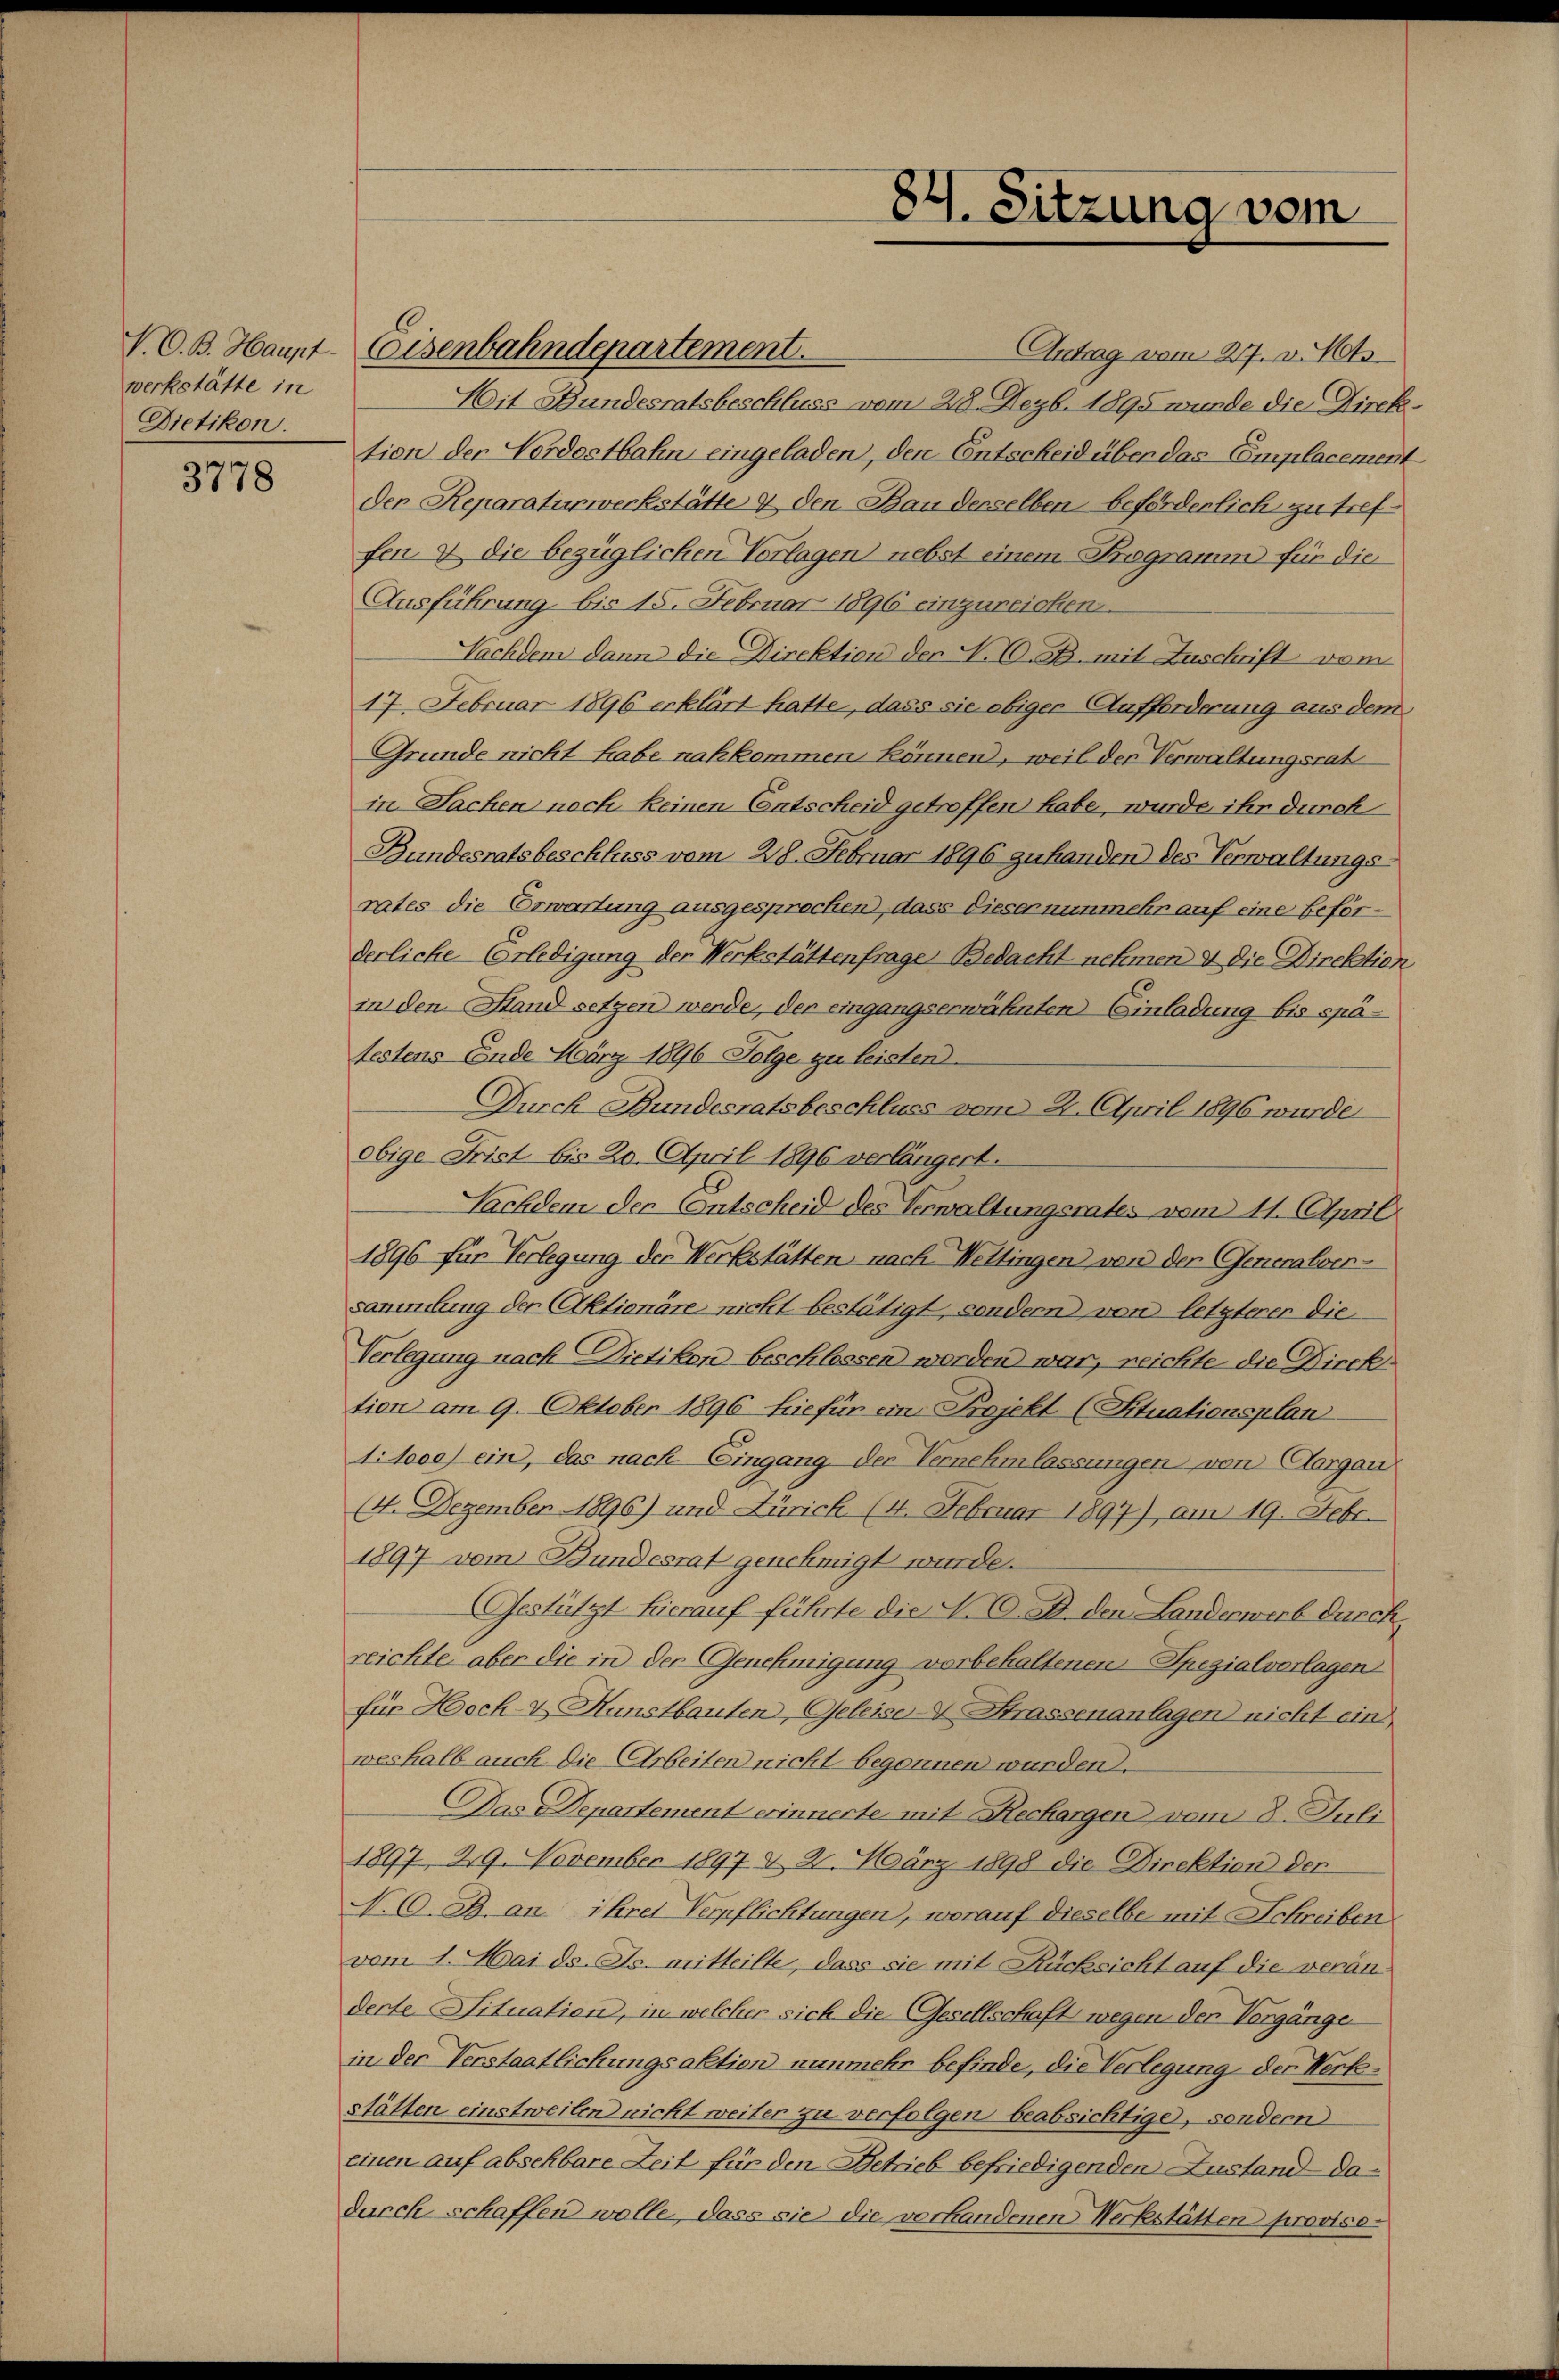
werkstätte in
Dietikon.

3778

Antrag vom 27. v. Mts.
Mit Bundesratsbeschluss vom 28. Dezb. 1895 wurde die Direktion der Nordostbahn eingeladen, den Entscheid über das Complacement
den Reparaturwerkstätte & den Bau derselben beförderlich zu treffen & die bezüglichen Vorlagen nebst einem Programm für die
Ausführung bis 15. Februar 1896 einzureichen.
Nachdem dann die Direktion der N. V. B. mit Zuschrift vom
17. Februar 1896 erklärt hatte, dass sie obiger Aufforderung aus dem
Gründe nicht habe nachkommen können, weil der Verwaltungsrat
in Sachen noch keinen Entscheid getroffen habe, wurde ihr durch
Bundesratsbeschluss vom 28. Februar 1896 zuhanden des Verwaltungsrates die Erwartung ausgesprechen, dass Dieser nunmehr auf eine beförderliche Erledigung der Werkstättenfrage Bedacht nehmen & die Direktion
in den Stand setzen werde, der eingangserwähnten Einladung bis späfestens Ende März 1896 Folge zu leisten
Durch Bundesratsbeschluss vom 2. April 1896 wurde
obige Frist bis 20. April 1896 verlängert.
Sachdem der Entscheid des Verwaltungsrates vom 11. April
1896 für Verlegung der Werkstätten nach Wettingen von der Generalversammlung der Aktionäre nicht bestätigt, sondern von letzterer die
Verlegung nach Dietikon beschlossen worden war, reichte die Direktion am 9. Oktober 1896 hiefür ein Projekt (Situationsplan
t. tooe) ein, das nach Eingang der Vernehmlassungen von Aargau
14. Dezember 1896) und Zürich (4. Februar 1897) am 19. Febr.
1897 vom Bundesrat genehmigt wurde.
Gestützt hierauf führte die N. O. B. den Landerwerb durch
reichte aber die in der Genehmigung vorbehaltenen Spezialverlagen
für Hoch- & Kunstbauten, Geleiser-V Strassenanlagen nicht ein
weshalb auch die Arbeiten nicht begonnen wurden.
Das Departement erinnerte mit Rechargen vom 8. Juli
1897, 29. November 1897 d 2. März 1898 die Direktion der
N. O. B. an ihres Verpflichtungen, worauf dieselbe mit Schreiben
vom 1. Mai d. Js. mitteilte, dass sie mit Rücksicht auf die veränderte Situation, in welcher sich die Gesellschaft wegen der Vorgänge
in der Verstaatlichungsaktien nunmehr befinde, die Verlegung der Werkstätten einstweilen nicht weiter zu verfolgen beabsichtige, sondern
einen auf absehbare Zeit für den Betrieb befriedigenden Zustand dadurch schaffen wolle, dass sie die vorhandenen Werkstätten proviso¬

V. O. B. Haupt-Eisenbahndepartement.

84. Sitzung vom